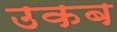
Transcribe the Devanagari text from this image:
उकब